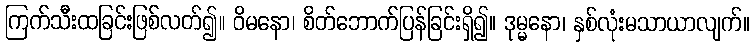
ကြက်သီးထခြင်းဖြစ်လတ်၍။ ဝိမနော၊ စိတ်ဘောက်ပြန်ခြင်းရှိ၍။ ဒုမ္မနော၊ နှစ်လုံးမသာယာလျက်။